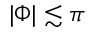
| \Phi | \lesssim \pi